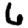
Digit: 6